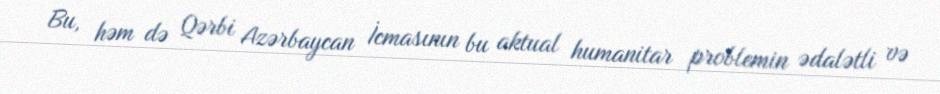
Bu, həm də Qərbi Azərbaycan İcmasının bu aktual humanitar problemin ədalətli və